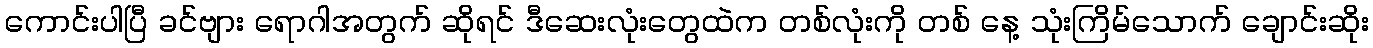
ကောင်းပါပြီ ခင်ဗျား ရောဂါအတွက် ဆိုရင် ဒီဆေးလုံးတွေထဲက တစ်လုံးကို တစ် နေ့ သုံးကြိမ်သောက် ချောင်းဆိုး